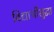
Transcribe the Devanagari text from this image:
विद्यार्थीसुद्धा